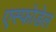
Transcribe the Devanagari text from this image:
एस्फोडेल